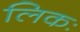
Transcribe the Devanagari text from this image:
लिकः